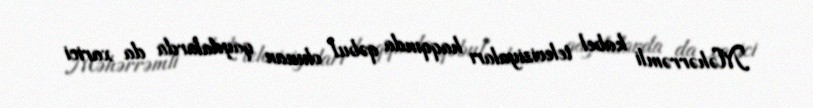
Məhərrəmli kabel televiziyaları haqqında qəbul olunan qaydalarda da xarici